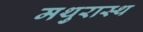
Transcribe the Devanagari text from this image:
मथुरास्थ